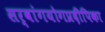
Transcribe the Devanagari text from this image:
सर्वांगयोगप्रदीपिका